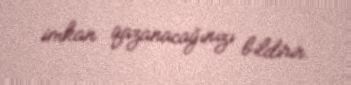
imkan qazanacağınızı bildirir.